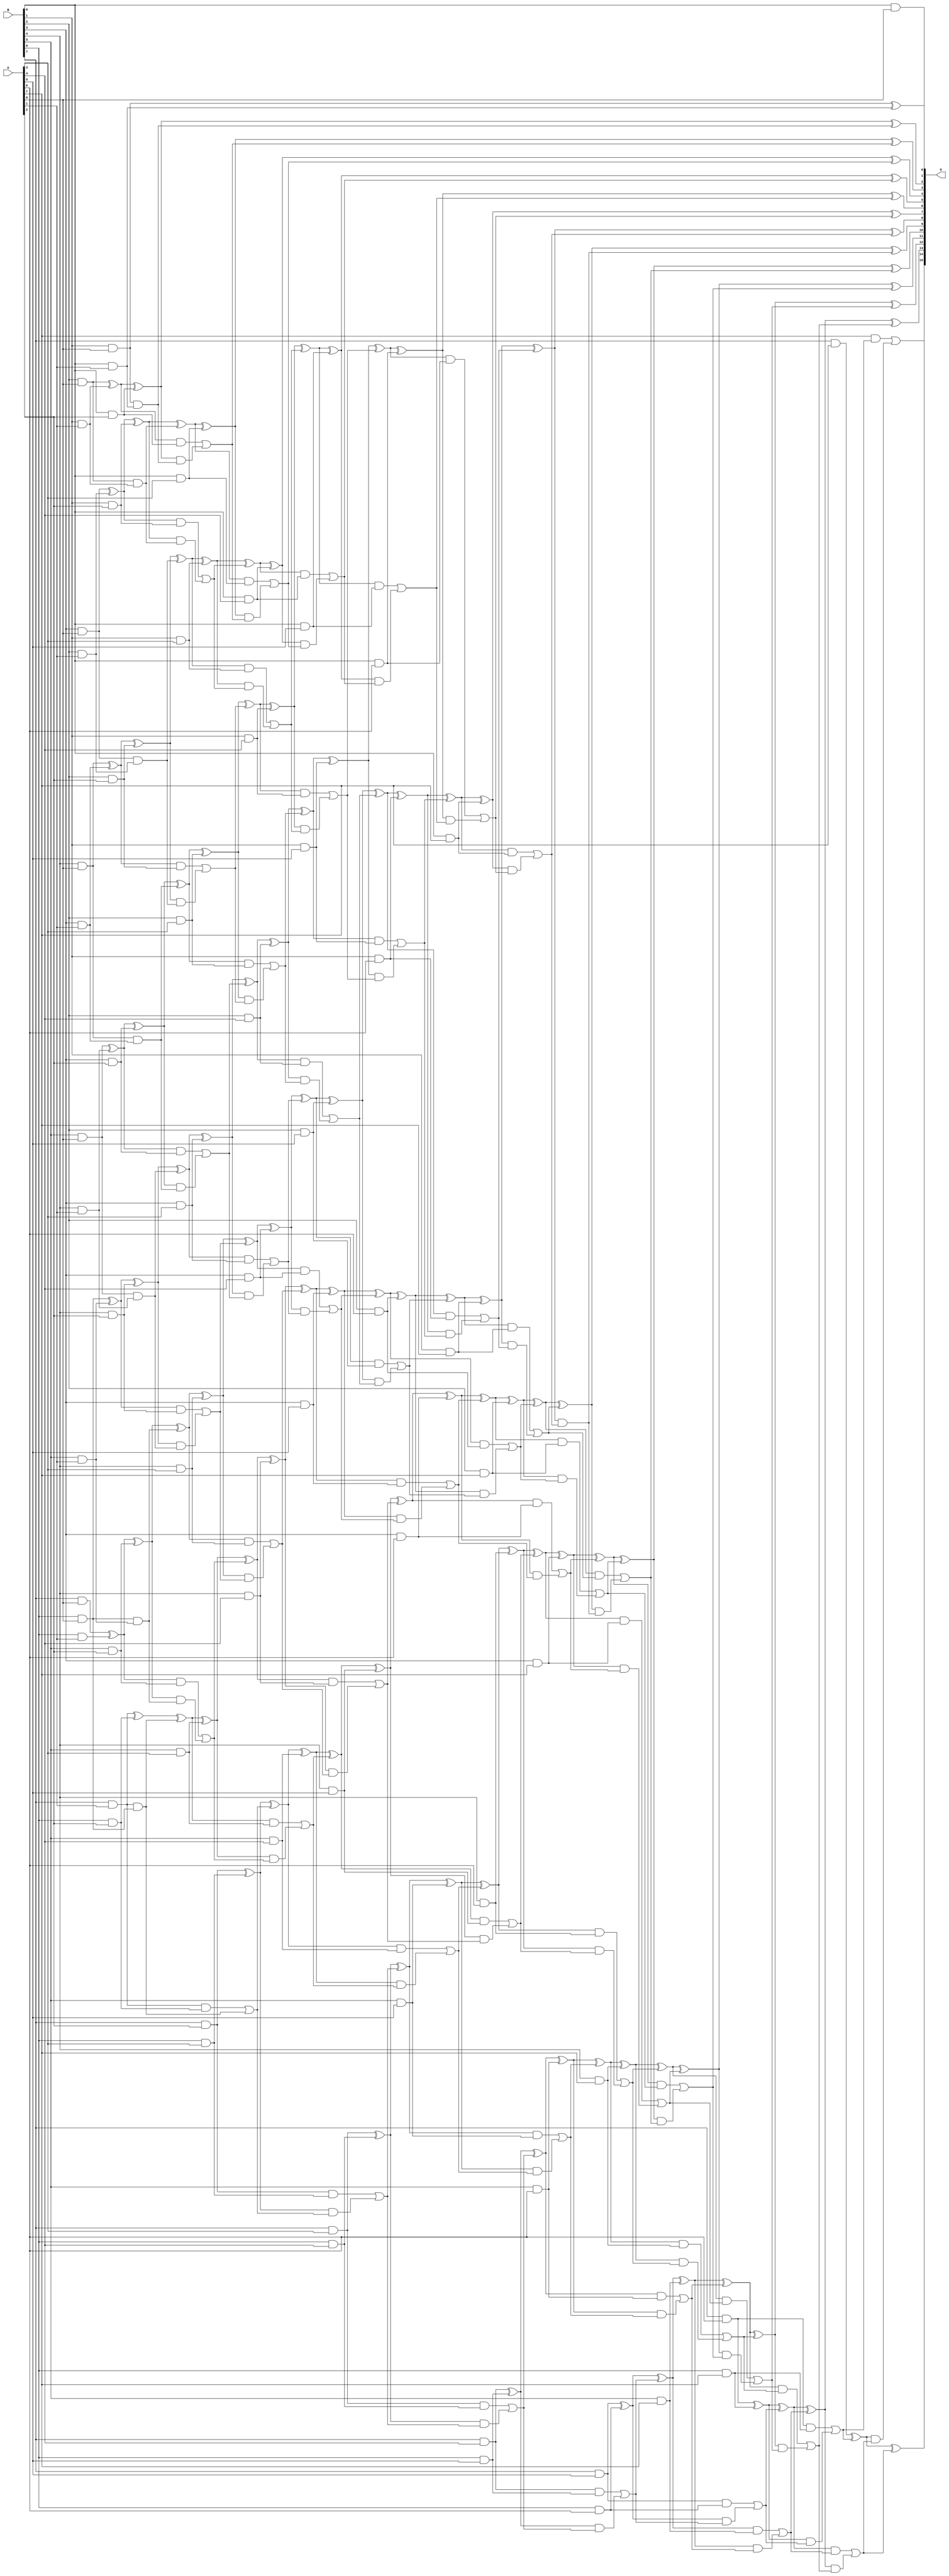
/***
* This code is a part of EvoApproxLib library (ehw.fit.vutbr.cz/approxlib) distributed under The MIT License.
* When used, please cite the following article(s): PRABAKARAN B. S., MRAZEK V., VASICEK Z., SEKANINA L., SHAFIQUE M. ApproxFPGAs: Embracing ASIC-based Approximate Arithmetic Components for FPGA-Based Systems. DAC 2020. 
***/
// MAE% = 0.00 %
// MAE = 0 
// WCE% = 0.00 %
// WCE = 0 
// WCRE% = 0.00 %
// EP% = 0.00 %
// MRE% = 0.00 %
// MSE = 0 
// FPGA_POWER = 1.3
// FPGA_DELAY = 11
// FPGA_LUT = 79

module mul8u_VXP (
    A,
    B,
    O
);

input [7:0] A;
input [7:0] B;
output [15:0] O;

wire sig_16,sig_17,sig_18,sig_19,sig_20,sig_21,sig_22,sig_23,sig_24,sig_25,sig_26,sig_27,sig_28,sig_29,sig_30,sig_31,sig_32,sig_33,sig_34,sig_35;
wire sig_36,sig_37,sig_38,sig_39,sig_40,sig_41,sig_42,sig_43,sig_44,sig_45,sig_46,sig_47,sig_48,sig_49,sig_50,sig_51,sig_52,sig_53,sig_54,sig_55;
wire sig_56,sig_57,sig_58,sig_59,sig_60,sig_61,sig_62,sig_63,sig_64,sig_65,sig_66,sig_67,sig_68,sig_69,sig_70,sig_71,sig_72,sig_73,sig_74,sig_75;
wire sig_76,sig_77,sig_78,sig_79,sig_80,sig_81,sig_82,sig_83,sig_84,sig_85,sig_87,sig_88,sig_89,sig_90,sig_91,sig_92,sig_93,sig_94,sig_95,sig_96;
wire sig_97,sig_98,sig_99,sig_100,sig_101,sig_102,sig_103,sig_104,sig_105,sig_106,sig_107,sig_108,sig_109,sig_110,sig_111,sig_112,sig_113,sig_114,sig_115,sig_116;
wire sig_117,sig_118,sig_119,sig_120,sig_121,sig_122,sig_123,sig_124,sig_125,sig_126,sig_127,sig_128,sig_129,sig_130,sig_131,sig_132,sig_133,sig_134,sig_135,sig_136;
wire sig_137,sig_138,sig_139,sig_140,sig_141,sig_142,sig_143,sig_144,sig_145,sig_146,sig_147,sig_148,sig_149,sig_150,sig_151,sig_152,sig_153,sig_154,sig_155,sig_156;
wire sig_157,sig_158,sig_159,sig_160,sig_161,sig_162,sig_163,sig_164,sig_165,sig_166,sig_167,sig_168,sig_169,sig_170,sig_171,sig_172,sig_173,sig_174,sig_175,sig_176;
wire sig_177,sig_178,sig_179,sig_180,sig_181,sig_182,sig_183,sig_184,sig_185,sig_186,sig_187,sig_188,sig_189,sig_190,sig_191,sig_192,sig_193,sig_194,sig_195,sig_196;
wire sig_197,sig_198,sig_199,sig_200,sig_201,sig_202,sig_203,sig_204,sig_205,sig_206,sig_207,sig_208,sig_209,sig_210,sig_211,sig_212,sig_213,sig_214,sig_215,sig_216;
wire sig_217,sig_218,sig_219,sig_220,sig_221,sig_222,sig_223,sig_224,sig_225,sig_226,sig_227,sig_228,sig_229,sig_230,sig_231,sig_232,sig_233,sig_234,sig_235,sig_236;
wire sig_237,sig_238,sig_239,sig_240,sig_241,sig_242,sig_243,sig_244,sig_245,sig_246,sig_247,sig_248,sig_249,sig_250,sig_251,sig_252,sig_253,sig_254,sig_255,sig_256;
wire sig_257,sig_258,sig_259,sig_260,sig_261,sig_262,sig_263,sig_264,sig_265,sig_266,sig_267,sig_268,sig_269,sig_270,sig_271,sig_272,sig_273,sig_274,sig_275,sig_276;
wire sig_277,sig_278,sig_279,sig_280,sig_281,sig_282,sig_283,sig_284,sig_285,sig_286,sig_287,sig_288,sig_289,sig_290,sig_291,sig_292,sig_293,sig_294,sig_295,sig_296;
wire sig_297,sig_298,sig_299,sig_300,sig_301,sig_302,sig_303,sig_304,sig_305,sig_306,sig_307,sig_308,sig_309,sig_310,sig_311,sig_312,sig_313,sig_314,sig_315,sig_316;
wire sig_317,sig_318,sig_319,sig_320,sig_321,sig_322,sig_323,sig_324,sig_325,sig_326,sig_327,sig_328,sig_329,sig_330,sig_331,sig_332,sig_333,sig_334,sig_335;

assign sig_16 = B[0] & A[0];
assign sig_17 = B[1] & A[0];
assign sig_18 = B[2] & A[0];
assign sig_19 = B[3] & A[0];
assign sig_20 = B[4] & A[0];
assign sig_21 = B[5] & A[0];
assign sig_22 = B[6] & A[0];
assign sig_23 = B[7] & A[0];
assign sig_24 = B[0] & A[1];
assign sig_25 = B[1] & A[1];
assign sig_26 = B[2] & A[1];
assign sig_27 = B[3] & A[1];
assign sig_28 = B[4] & A[1];
assign sig_29 = B[5] & A[1];
assign sig_30 = B[6] & A[1];
assign sig_31 = B[7] & A[1];
assign sig_32 = sig_17 ^ sig_24;
assign sig_33 = sig_17 & sig_24;
assign sig_34 = sig_18 ^ sig_25;
assign sig_35 = sig_18 & sig_25;
assign sig_36 = sig_19 ^ sig_26;
assign sig_37 = sig_19 & sig_26;
assign sig_38 = sig_20 ^ sig_27;
assign sig_39 = sig_20 & sig_27;
assign sig_40 = sig_21 ^ sig_28;
assign sig_41 = sig_21 & sig_28;
assign sig_42 = sig_22 ^ sig_29;
assign sig_43 = sig_22 & sig_29;
assign sig_44 = sig_23 ^ sig_30;
assign sig_45 = sig_31 & sig_22;
assign sig_46 = B[0] & A[2];
assign sig_47 = B[1] & A[2];
assign sig_48 = B[2] & A[2];
assign sig_49 = B[3] & A[2];
assign sig_50 = B[4] & A[2];
assign sig_51 = B[5] & A[2];
assign sig_52 = B[6] & A[2];
assign sig_53 = B[7] & A[2];
assign sig_54 = sig_34 ^ sig_46;
assign sig_55 = sig_34 & sig_46;
assign sig_56 = sig_54 & sig_33;
assign sig_57 = sig_54 ^ sig_33;
assign sig_58 = sig_55 | sig_56;
assign sig_59 = sig_36 ^ sig_47;
assign sig_60 = sig_36 & sig_47;
assign sig_61 = sig_59 & sig_35;
assign sig_62 = sig_59 ^ sig_35;
assign sig_63 = sig_60 | sig_61;
assign sig_64 = sig_38 ^ sig_48;
assign sig_65 = sig_38 & sig_48;
assign sig_66 = sig_64 & sig_37;
assign sig_67 = sig_64 ^ sig_37;
assign sig_68 = sig_65 | sig_66;
assign sig_69 = sig_40 ^ sig_49;
assign sig_70 = sig_40 & sig_49;
assign sig_71 = sig_69 & sig_39;
assign sig_72 = sig_69 ^ sig_39;
assign sig_73 = sig_70 | sig_71;
assign sig_74 = sig_42 ^ sig_50;
assign sig_75 = sig_42 & sig_50;
assign sig_76 = sig_74 & sig_41;
assign sig_77 = sig_74 ^ sig_41;
assign sig_78 = sig_75 | sig_76;
assign sig_79 = sig_44 ^ sig_51;
assign sig_80 = sig_44 & sig_51;
assign sig_81 = sig_79 & sig_43;
assign sig_82 = sig_79 ^ sig_43;
assign sig_83 = sig_80 | sig_81;
assign sig_84 = sig_31 ^ sig_52;
assign sig_85 = sig_31 & sig_52;
assign sig_87 = sig_84 ^ sig_45;
assign sig_88 = sig_85 | sig_45;
assign sig_89 = B[0] & A[3];
assign sig_90 = B[1] & A[3];
assign sig_91 = B[2] & A[3];
assign sig_92 = B[3] & A[3];
assign sig_93 = B[4] & A[3];
assign sig_94 = B[5] & A[3];
assign sig_95 = B[6] & A[3];
assign sig_96 = B[7] & A[3];
assign sig_97 = sig_62 ^ sig_89;
assign sig_98 = sig_62 & sig_89;
assign sig_99 = sig_97 & sig_58;
assign sig_100 = sig_97 ^ sig_58;
assign sig_101 = sig_98 | sig_99;
assign sig_102 = sig_67 ^ sig_90;
assign sig_103 = sig_67 & sig_90;
assign sig_104 = sig_102 & sig_63;
assign sig_105 = sig_102 ^ sig_63;
assign sig_106 = sig_103 | sig_104;
assign sig_107 = sig_72 ^ sig_91;
assign sig_108 = sig_72 & sig_91;
assign sig_109 = sig_107 & sig_68;
assign sig_110 = sig_107 ^ sig_68;
assign sig_111 = sig_108 | sig_109;
assign sig_112 = sig_77 ^ sig_92;
assign sig_113 = sig_77 & sig_92;
assign sig_114 = sig_112 & sig_73;
assign sig_115 = sig_112 ^ sig_73;
assign sig_116 = sig_113 | sig_114;
assign sig_117 = sig_82 ^ sig_93;
assign sig_118 = sig_82 & sig_93;
assign sig_119 = sig_117 & sig_78;
assign sig_120 = sig_117 ^ sig_78;
assign sig_121 = sig_118 | sig_119;
assign sig_122 = sig_87 ^ sig_94;
assign sig_123 = sig_87 & sig_94;
assign sig_124 = sig_122 & sig_83;
assign sig_125 = sig_122 ^ sig_83;
assign sig_126 = sig_123 | sig_124;
assign sig_127 = sig_53 ^ sig_95;
assign sig_128 = sig_53 & sig_95;
assign sig_129 = sig_127 & sig_88;
assign sig_130 = sig_127 ^ sig_88;
assign sig_131 = sig_128 | sig_129;
assign sig_132 = B[0] & A[4];
assign sig_133 = B[1] & A[4];
assign sig_134 = B[2] & A[4];
assign sig_135 = B[3] & A[4];
assign sig_136 = B[4] & A[4];
assign sig_137 = B[5] & A[4];
assign sig_138 = B[6] & A[4];
assign sig_139 = B[7] & A[4];
assign sig_140 = sig_105 ^ sig_132;
assign sig_141 = sig_105 & sig_132;
assign sig_142 = sig_140 & sig_101;
assign sig_143 = sig_140 ^ sig_101;
assign sig_144 = sig_141 | sig_142;
assign sig_145 = sig_110 ^ sig_133;
assign sig_146 = sig_110 & sig_133;
assign sig_147 = sig_145 & sig_106;
assign sig_148 = sig_145 ^ sig_106;
assign sig_149 = sig_146 | sig_147;
assign sig_150 = sig_115 ^ sig_134;
assign sig_151 = sig_115 & sig_134;
assign sig_152 = sig_150 & sig_111;
assign sig_153 = sig_150 ^ sig_111;
assign sig_154 = sig_151 | sig_152;
assign sig_155 = sig_120 ^ sig_135;
assign sig_156 = sig_120 & sig_135;
assign sig_157 = sig_155 & sig_116;
assign sig_158 = sig_155 ^ sig_116;
assign sig_159 = sig_156 | sig_157;
assign sig_160 = sig_125 ^ sig_136;
assign sig_161 = sig_125 & sig_136;
assign sig_162 = sig_160 & sig_121;
assign sig_163 = sig_160 ^ sig_121;
assign sig_164 = sig_161 | sig_162;
assign sig_165 = sig_130 ^ sig_137;
assign sig_166 = sig_130 & sig_137;
assign sig_167 = sig_165 & sig_126;
assign sig_168 = sig_165 ^ sig_126;
assign sig_169 = sig_166 | sig_167;
assign sig_170 = sig_96 ^ sig_138;
assign sig_171 = sig_96 & sig_138;
assign sig_172 = sig_170 & sig_131;
assign sig_173 = sig_170 ^ sig_131;
assign sig_174 = sig_171 | sig_172;
assign sig_175 = B[0] & A[5];
assign sig_176 = B[1] & A[5];
assign sig_177 = B[2] & A[5];
assign sig_178 = B[3] & A[5];
assign sig_179 = B[4] & A[5];
assign sig_180 = B[5] & A[5];
assign sig_181 = B[6] & A[5];
assign sig_182 = B[7] & A[5];
assign sig_183 = sig_148 ^ sig_175;
assign sig_184 = sig_148 & sig_175;
assign sig_185 = sig_183 & sig_144;
assign sig_186 = sig_183 ^ sig_144;
assign sig_187 = sig_184 | sig_185;
assign sig_188 = sig_153 ^ sig_176;
assign sig_189 = sig_153 & sig_176;
assign sig_190 = sig_188 & sig_149;
assign sig_191 = sig_188 ^ sig_149;
assign sig_192 = sig_189 | sig_190;
assign sig_193 = sig_158 ^ sig_177;
assign sig_194 = sig_158 & sig_177;
assign sig_195 = sig_193 & sig_154;
assign sig_196 = sig_193 ^ sig_154;
assign sig_197 = sig_194 | sig_195;
assign sig_198 = sig_163 ^ sig_178;
assign sig_199 = sig_163 & sig_178;
assign sig_200 = sig_198 & sig_159;
assign sig_201 = sig_198 ^ sig_159;
assign sig_202 = sig_199 | sig_200;
assign sig_203 = sig_168 ^ sig_179;
assign sig_204 = sig_168 & sig_179;
assign sig_205 = sig_203 & sig_164;
assign sig_206 = sig_203 ^ sig_164;
assign sig_207 = sig_204 | sig_205;
assign sig_208 = sig_173 ^ sig_180;
assign sig_209 = sig_173 & sig_180;
assign sig_210 = sig_208 & sig_169;
assign sig_211 = sig_208 ^ sig_169;
assign sig_212 = sig_209 | sig_210;
assign sig_213 = sig_139 ^ sig_181;
assign sig_214 = sig_139 & sig_181;
assign sig_215 = sig_213 & sig_174;
assign sig_216 = sig_213 ^ sig_174;
assign sig_217 = sig_214 | sig_215;
assign sig_218 = B[0] & A[6];
assign sig_219 = B[1] & A[6];
assign sig_220 = B[2] & A[6];
assign sig_221 = B[3] & A[6];
assign sig_222 = B[4] & A[6];
assign sig_223 = B[5] & A[6];
assign sig_224 = B[6] & A[6];
assign sig_225 = B[7] & A[6];
assign sig_226 = sig_191 ^ sig_218;
assign sig_227 = sig_191 & sig_218;
assign sig_228 = sig_226 & sig_187;
assign sig_229 = sig_226 ^ sig_187;
assign sig_230 = sig_227 | sig_228;
assign sig_231 = sig_196 ^ sig_219;
assign sig_232 = sig_196 & sig_219;
assign sig_233 = sig_231 & sig_192;
assign sig_234 = sig_231 ^ sig_192;
assign sig_235 = sig_232 | sig_233;
assign sig_236 = sig_201 ^ sig_220;
assign sig_237 = sig_201 & sig_220;
assign sig_238 = sig_236 & sig_197;
assign sig_239 = sig_236 ^ sig_197;
assign sig_240 = sig_237 | sig_238;
assign sig_241 = sig_206 ^ sig_221;
assign sig_242 = sig_206 & sig_221;
assign sig_243 = sig_241 & sig_202;
assign sig_244 = sig_241 ^ sig_202;
assign sig_245 = sig_242 | sig_243;
assign sig_246 = sig_211 ^ sig_222;
assign sig_247 = sig_211 & sig_222;
assign sig_248 = sig_246 & sig_207;
assign sig_249 = sig_246 ^ sig_207;
assign sig_250 = sig_247 | sig_248;
assign sig_251 = sig_216 ^ sig_223;
assign sig_252 = sig_216 & sig_223;
assign sig_253 = sig_251 & sig_212;
assign sig_254 = sig_251 ^ sig_212;
assign sig_255 = sig_252 | sig_253;
assign sig_256 = sig_182 ^ sig_224;
assign sig_257 = sig_182 & sig_224;
assign sig_258 = sig_256 & sig_217;
assign sig_259 = sig_256 ^ sig_217;
assign sig_260 = sig_257 | sig_258;
assign sig_261 = B[0] & A[7];
assign sig_262 = B[1] & A[7];
assign sig_263 = B[2] & A[7];
assign sig_264 = B[3] & A[7];
assign sig_265 = B[4] & A[7];
assign sig_266 = B[5] & A[7];
assign sig_267 = B[6] & A[7];
assign sig_268 = B[7] & A[7];
assign sig_269 = sig_234 ^ sig_261;
assign sig_270 = sig_234 & sig_261;
assign sig_271 = sig_269 & sig_230;
assign sig_272 = sig_269 ^ sig_230;
assign sig_273 = sig_270 | sig_271;
assign sig_274 = sig_239 ^ sig_262;
assign sig_275 = sig_239 & sig_262;
assign sig_276 = sig_274 & sig_235;
assign sig_277 = sig_274 ^ sig_235;
assign sig_278 = sig_275 | sig_276;
assign sig_279 = sig_244 ^ sig_263;
assign sig_280 = sig_244 & sig_263;
assign sig_281 = sig_279 & sig_240;
assign sig_282 = sig_279 ^ sig_240;
assign sig_283 = sig_280 | sig_281;
assign sig_284 = sig_249 ^ sig_264;
assign sig_285 = sig_249 & sig_264;
assign sig_286 = sig_284 & sig_245;
assign sig_287 = sig_284 ^ sig_245;
assign sig_288 = sig_285 | sig_286;
assign sig_289 = sig_254 ^ sig_265;
assign sig_290 = sig_254 & sig_265;
assign sig_291 = sig_289 & sig_250;
assign sig_292 = sig_289 ^ sig_250;
assign sig_293 = sig_290 | sig_291;
assign sig_294 = sig_259 ^ sig_266;
assign sig_295 = sig_259 & sig_266;
assign sig_296 = sig_294 & sig_255;
assign sig_297 = sig_294 ^ sig_255;
assign sig_298 = sig_295 | sig_296;
assign sig_299 = sig_225 ^ sig_267;
assign sig_300 = sig_225 & sig_267;
assign sig_301 = sig_299 & sig_260;
assign sig_302 = sig_299 ^ sig_260;
assign sig_303 = sig_300 | sig_301;
assign sig_304 = sig_277 ^ sig_273;
assign sig_305 = sig_277 & sig_273;
assign sig_306 = sig_282 ^ sig_278;
assign sig_307 = sig_282 & sig_278;
assign sig_308 = sig_306 & sig_305;
assign sig_309 = sig_306 ^ sig_305;
assign sig_310 = sig_307 | sig_308;
assign sig_311 = sig_287 ^ sig_283;
assign sig_312 = sig_287 & sig_283;
assign sig_313 = sig_311 & sig_310;
assign sig_314 = sig_311 ^ sig_310;
assign sig_315 = sig_312 | sig_313;
assign sig_316 = sig_292 ^ sig_288;
assign sig_317 = sig_292 & sig_288;
assign sig_318 = sig_316 & sig_315;
assign sig_319 = sig_316 ^ sig_315;
assign sig_320 = sig_317 | sig_318;
assign sig_321 = sig_297 ^ sig_293;
assign sig_322 = sig_297 & sig_293;
assign sig_323 = sig_321 & sig_320;
assign sig_324 = sig_321 ^ sig_320;
assign sig_325 = sig_322 | sig_323;
assign sig_326 = sig_302 ^ sig_298;
assign sig_327 = sig_302 & sig_298;
assign sig_328 = sig_326 & sig_325;
assign sig_329 = sig_326 ^ sig_325;
assign sig_330 = sig_327 | sig_328;
assign sig_331 = sig_268 ^ sig_303;
assign sig_332 = A[7] & sig_303;
assign sig_333 = sig_331 & sig_330;
assign sig_334 = sig_331 ^ sig_330;
assign sig_335 = sig_332 | sig_333;

assign O[15] = sig_335;
assign O[14] = sig_334;
assign O[13] = sig_329;
assign O[12] = sig_324;
assign O[11] = sig_319;
assign O[10] = sig_314;
assign O[9] = sig_309;
assign O[8] = sig_304;
assign O[7] = sig_272;
assign O[6] = sig_229;
assign O[5] = sig_186;
assign O[4] = sig_143;
assign O[3] = sig_100;
assign O[2] = sig_57;
assign O[1] = sig_32;
assign O[0] = sig_16;

endmodule